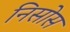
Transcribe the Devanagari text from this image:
निसोस